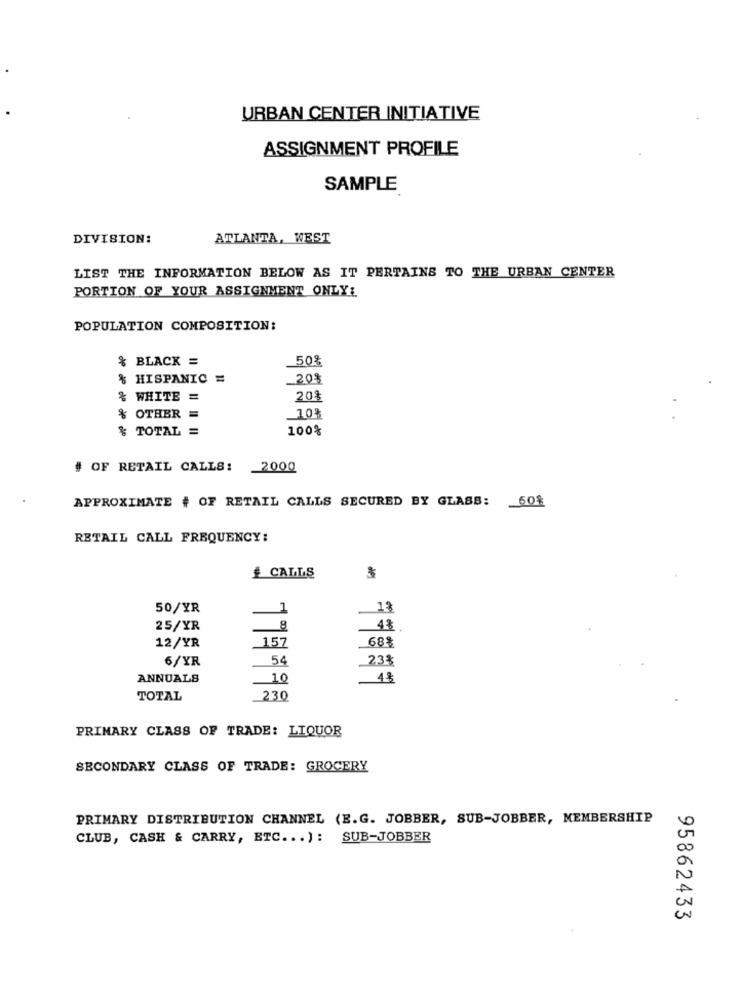
URBAN CENTER INITIATIVE
ASSIGNMENT PROFILE
SAMPLE
DIVISION:
ATLANTA, WEST
LIST THE INFORMATION BELOW AS IT PERTAINS TO THE URBAN CENTER
PORTION OF YOUR ASSIGNMENT ONLY:
POPULATION COMPOSITION:
% BLACK =
50%
% HISPANIC =
_20$
& WHITE =
20%
% OTHER =
10%
% TOTAL =
100%
# OF RETAIL CALLS: 2000
APPROXIMATE # OF RETAIL CALLS SECURED BY GLASS: 60%
RETAIL CALL FREQUENCY:
# CALLS
50/YR
1
25/YR
_157
68%
12/YR
6/YR
54
238
ANNUALS
10
48
TOTAL
230
PRIMARY CLASS OF TRADE: LIQUOR
SECONDARY CLASS OF TRADE: GROCERY
PRIMARY DISTRIBUTION CHANNEL (E.G. JOBBER, SUB-JOBBER, MEMBERSHIP
CLUB, CASH & CARRY, ETC ... ): SUB-JOBBER
95862433